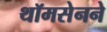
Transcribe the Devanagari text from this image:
थॉमसेनने